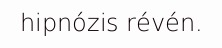
hipnózis révén.